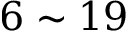
6 \sim 1 9